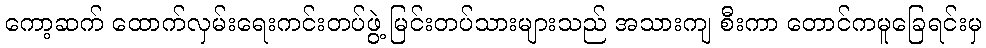
ကော့ဆက် ထောက်လှမ်းရေးကင်းတပ်ဖွဲ့ မြင်းတပ်သားများသည် အသားကျ စီးကာ တောင်ကမူခြေရင်းမှ